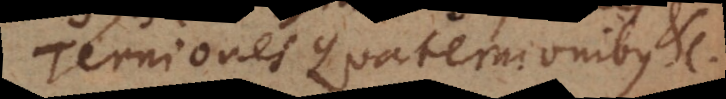
Terniones Quaternionibus etc.